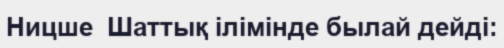
Ницше  Шаттық ілімінде былай дейді: